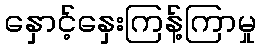
နှောင့်နှေးကြန့်ကြာမှု